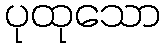
ပုထုသော